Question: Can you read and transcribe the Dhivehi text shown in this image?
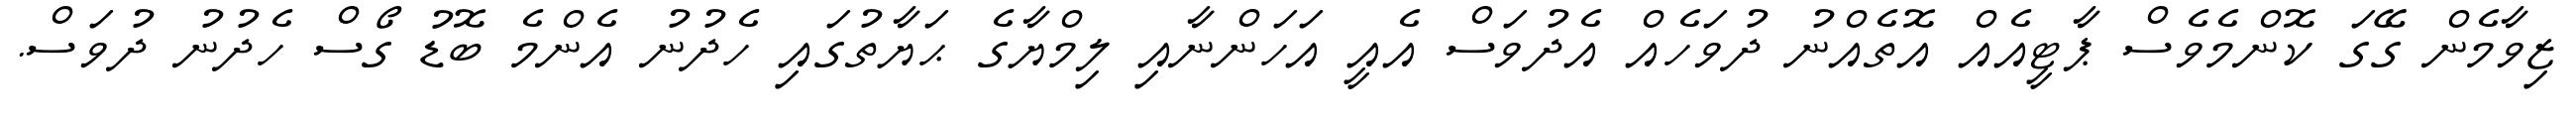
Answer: ޒިވާމެން ގޭގަ ކޮންމެވެސް ޕާޓީއެއް އޮތެއްނު ދުވަހެއް އެދުވަސް އެއީ އަހަންނާއި ލިމްޔާގެ ޙަޔާތުގައި ހެދުނު އެންމެ ބޮޑު ގޯސް ހެދުނު ދުވަސް.